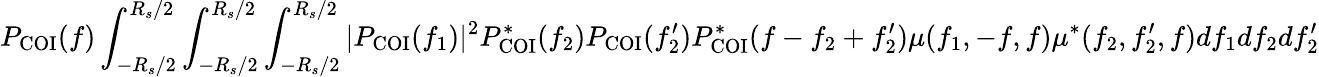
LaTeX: P_{\mathrm{COI}}(f)\int_{-R_{s}/2}^{R_{s}/2}\int_{-R_{s}/2}^{R_{s}/2}\int_{-R_{s}/2}^{R_{s}/2}|P_{\mathrm{COI}}(f_{1})|^{2}P_{\mathrm{COI}}^{\ast}(f_{2})P_{\mathrm{COI}}(f_{2}^{\prime})P_{\mathrm{COI}}^{\ast}(f-f_{2}+f_{2}^{\prime})\mu(f_{1},-f,f)\mu^{\ast}(f_{2},f_{2}^{\prime},f)df_{1}df_{2}df_{2}^{\prime}